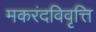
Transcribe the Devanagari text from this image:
मकरंदविवृत्ति